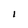
Character: l